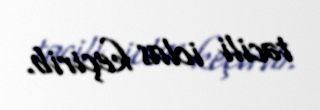
təcili iclas keçirib.